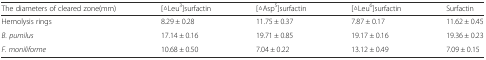
| The diameters of cleared zone(mm) | [△Leu3]surfactin | [△Asp5]surfactin | [△Leu6]surfactin | Surfactin |
 | --- | --- | --- | --- | --- |
 | Hemolysis rings | 8.29 ± 0.28 | 11.75 ± 0.37 | 7.87 ± 0.17 | 11.62 ± 0.45 |
 | B. pumilus | 17.14 ± 0.16 | 19.71 ± 0.85 | 19.17 ± 0.16 | 19.36 ± 0.23 |
 | F. moniliforme | 10.68 ± 0.50 | 7.04 ± 0.22 | 13.12 ± 0.49 | 7.09 ± 0.15 |